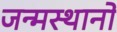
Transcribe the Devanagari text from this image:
जन्मस्थानों